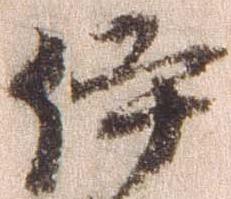
伊